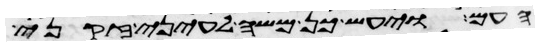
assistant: העם ויעש כן משה לעיני זקני